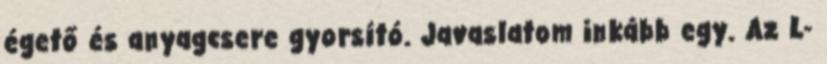
égető és anyagcsere gyorsító. Javaslatom inkább egy. Az L-